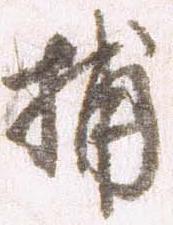
捕